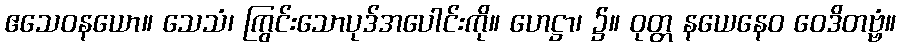
ဧသေဝနယော။ သေသံ၊ ကြွင်းသောပုဒ်အပေါင်းကို။ ဟေဋ္ဌာ၊ ၌။ ဝုတ္တ နယေနေဝ ဝေဒိတဗ္ဗံ။